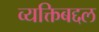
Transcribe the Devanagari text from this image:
व्यक्तिबद्दल